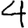
Digit: 4